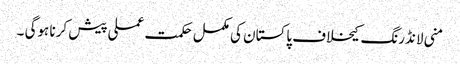
منی لانڈرنگ کیخلاف پاکستان کی مکمل حکمت عملی پیش کرنا ہوگی ۔